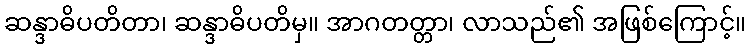
ဆန္ဒာဓိပတိတာ၊ ဆန္ဒာဓိပတိမှ။ အာဂတတ္တာ၊ လာသည်၏ အဖြစ်ကြောင့်။